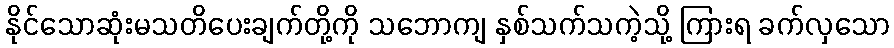
နိုင်သောဆုံးမသတိပေးချက်တို့ကို သဘောကျ နှစ်သက်သကဲ့သို့ ကြားရ ခက်လှသော